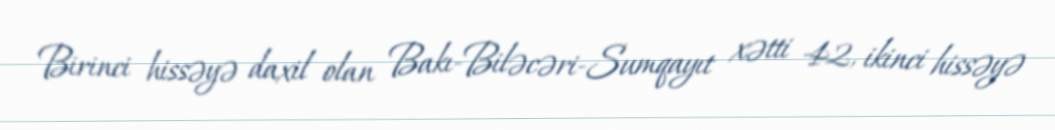
Birinci hissəyə daxil olan Bakı-Biləcəri-Sumqayıt xətti 42, ikinci hissəyə